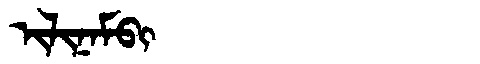
Manchu: ᡳᠯᡳᠨᠠᠮᠪᡳ
Romanization: ILINAMBI